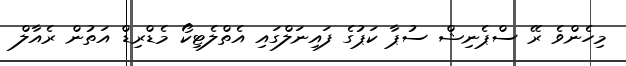
މިހެންވެ ރޭ ސްޕެނިޝް ސުޕާ ކަޕުގެ ފައިނަލްގައި އެތްލެޓިކޯ މެޑްރިޑް އަތުން ރެއާލް